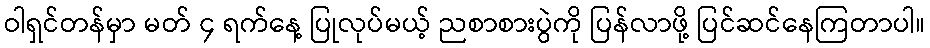
ဝါရှင်တန်မှာ မတ် ၄ ရက်နေ့ ပြုလုပ်မယ့် ညစာစားပွဲကို ပြန်လာဖို့ ပြင်ဆင်နေကြတာပါ။